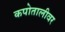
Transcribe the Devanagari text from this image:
कपोतालीवर